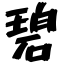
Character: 碧